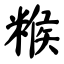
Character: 糇